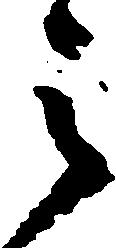
之